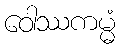
ဝေါဿကမ္မံ